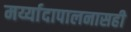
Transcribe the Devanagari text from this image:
मर्य्यादापालनासही